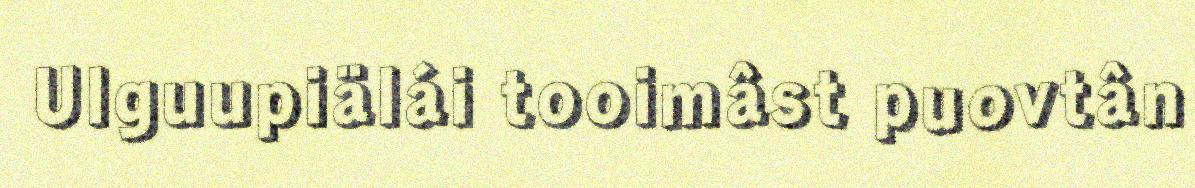
Ulguupiälái tooimâst puovtân